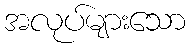
အလုပ်များသော